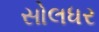
સોલધર